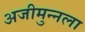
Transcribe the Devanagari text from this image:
अजीमुन्नला